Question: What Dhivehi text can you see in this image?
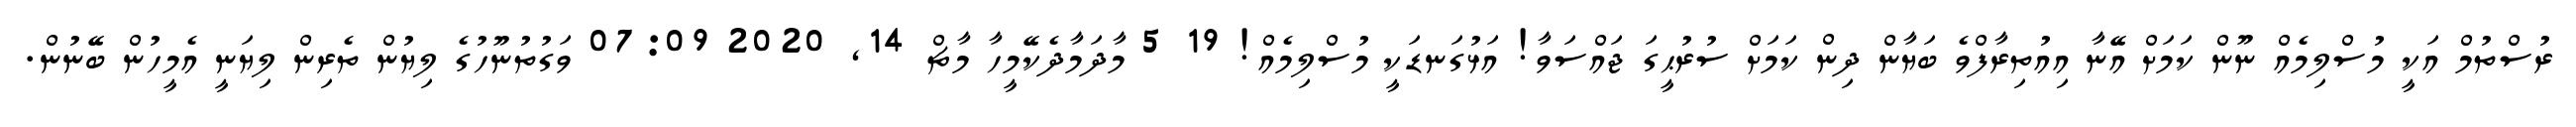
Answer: ރުސްތުމް އަކީ މުސްލިމެއް ނޫން ކަމަށް އޭނާ އިއުތިރާފްވެ ބަޔާން ދިން ކަމަށް ސުރުޙީގަ ޖައްސަވާ! އަޅުގަނޑަކީ މުސްލިމެއް! 19 5 މާދަމާދެކޭމީހާ މާޗް 14, 2020 07:09 ވަގުތުނޫހުގެ ލިޔުން ތެރިން ލިޔަނީ އެމީހުން ބޭނުން.